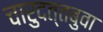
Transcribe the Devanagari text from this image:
चारुदत्तबुवा